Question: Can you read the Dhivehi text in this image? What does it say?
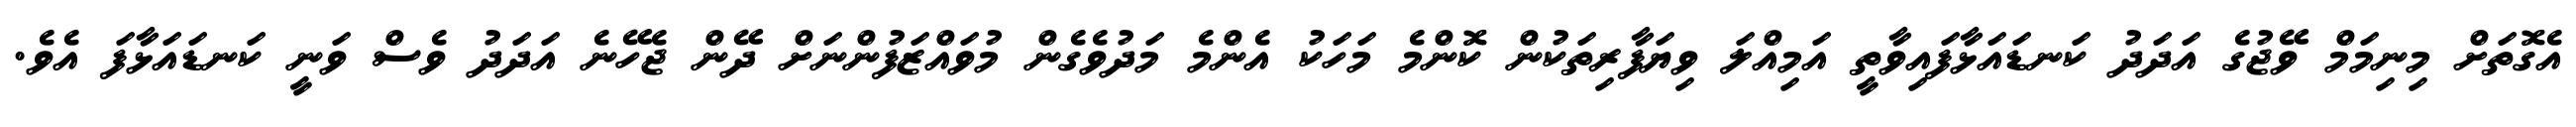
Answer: އެގޮތަށް މިނިމަމް ވޭޖުގެ އަދަދު ކަނޑައަޅާފައިވާތީ އަމިއްލަ ވިޔަފާރިތަކުން ކޮންމެ މަހަކު އެންމެ މަދުވެގެން މުވައްޒަފުންނަށް ދޭން ޖެހޭނެ އަދަދު ވެސް ވަނީ ކަނޑައަޅާފަ އެވެ.